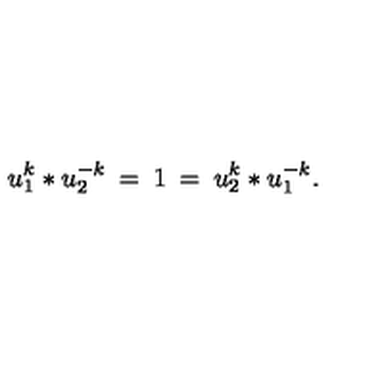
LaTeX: u _ { 1 } ^ { k } * u _ { 2 } ^ { - k } \: = \: 1 \: = \: u _ { 2 } ^ { k } * u _ { 1 } ^ { - k } .